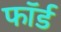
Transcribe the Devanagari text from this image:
फॉर्ड